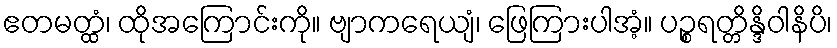
ဧတမတ္ထံ၊ ထိုအကြောင်းကို။ ဗျာကရေယျံ၊ ဖြေကြားပါအံ့။ ပဉ္စရတ္တိန္ဒိဝါနိပိ၊